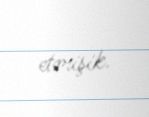
etmişik.